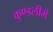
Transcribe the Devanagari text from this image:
कुण्डलीमें